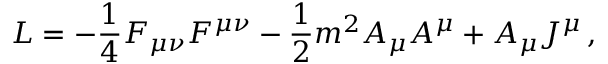
{ \cal L } = - \frac { 1 } { 4 } F _ { \mu \nu } F ^ { \mu \nu } - \frac { 1 } { 2 } m ^ { 2 } A _ { \mu } A ^ { \mu } + A _ { \mu } J ^ { \mu } \, ,